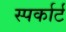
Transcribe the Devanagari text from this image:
स्पर्कार्ट